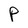
Character: P